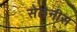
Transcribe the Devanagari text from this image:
सेलेनीस